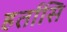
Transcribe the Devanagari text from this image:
हर्तासि